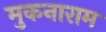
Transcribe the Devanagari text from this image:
मुकनाराम